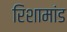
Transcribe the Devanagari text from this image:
रिशामांड